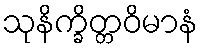
သုနိက္ခိတ္တဝိမာနံ